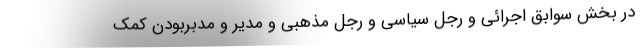
در بخش سوابق اجرائی و رجل سیاسی و رجل مذهبی و مدیر و مدبر‌بودن کمک